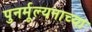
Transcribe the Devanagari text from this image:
पुनर्मूल्यनाच्या